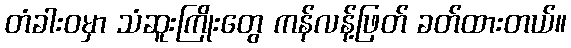
တံခါးဝမှာ သံဆူးကြိုးတွေ ကန်လန့်ဖြတ် ခတ်ထားတယ်။